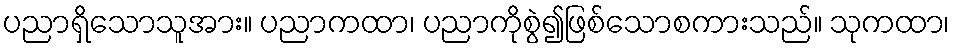
ပညာရှိသောသူအား။ ပညာကထာ၊ ပညာကိုစွဲ၍ဖြစ်သောစကားသည်။ သုကထာ၊